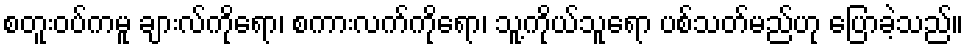
စတူးဝပ်ကမူ ချားလ်ကိုရော၊ စကားလက်ကိုရော၊ သူ့ကိုယ်သူရော ပစ်သတ်မည်ဟု ပြောခဲ့သည်။